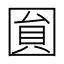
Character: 圎